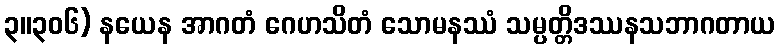
၃။၃၀၆) နယေန အာဂတံ ဂေဟသိတံ သောမနဿံ သမ္ပတ္တိဒဿနသဘာဂတာယ